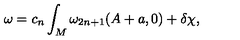
\omega = c _ { n } \int _ { M } \omega _ { 2 n + 1 } ( A + a , 0 ) + \delta \chi ,